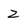
Character: 2